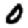
Digit: 0